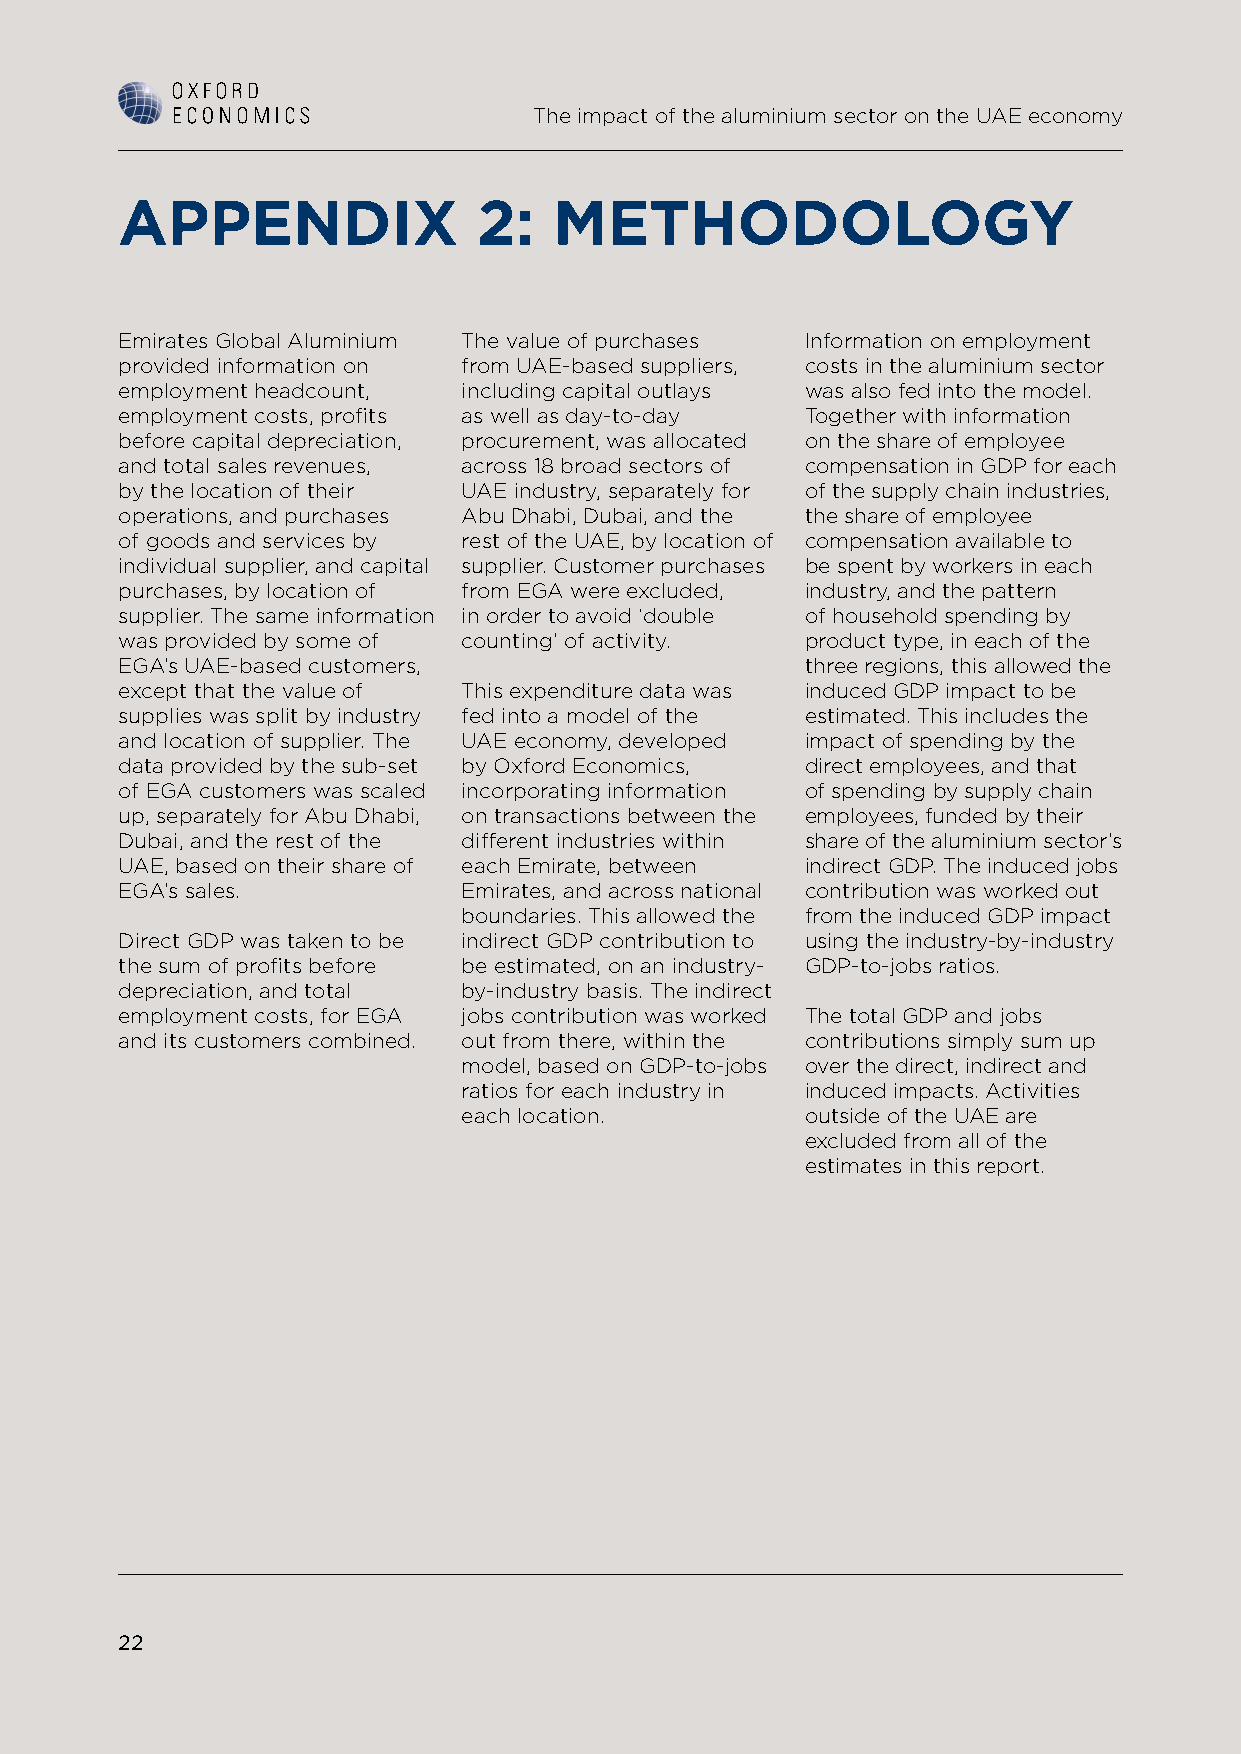
The impact of the aluminium sector on the UAE economy
 APPENDIX                2:   METHODOLOGY
 Emirates Global Aluminium The value of purchases Information on employment
 provided information on from UAE-based suppliers, costs in the aluminium sector
 employment headcount,  including capital outlays was also fed into the model.
 employment costs, profits as well as day-to-day Together with information
 before capital depreciation, procurement, was allocated on the share of employee
 and total sales revenues, across 18 broad sectors of compensation in GDP for each
 by the location of their UAE industry, separately for of the supply chain industries,
 operations, and purchases Abu Dhabi, Dubai, and the the share of employee
 of goods and services by rest of the UAE, by location of compensation available to
 individual supplier, and capital supplier. Customer purchases be spent by workers in each
 purchases, by location of from EGA were excluded, industry, and the pattern
 supplier. The same information in order to avoid ‘double of household spending by
 was provided by some of counting’ of activity. product type, in each of the
 EGA’s UAE-based customers,                   three regions, this allowed the
 except that the value of This expenditure data was induced GDP impact to be
 supplies was split by industry fed into a model of the estimated. This includes the
 and location of supplier. The UAE economy, developed impact of spending by the
 data provided by the sub-set by Oxford Economics, direct employees, and that
 of EGA customers was scaled incorporating information of spending by supply chain
 up, separately for Abu Dhabi, on transactions between the employees, funded by their
 Dubai, and the rest of the different industries within share of the aluminium sector’s
 UAE, based on their share of each Emirate, between indirect GDP. The induced jobs
 EGA’s sales.           Emirates, and across national contribution was worked out
 boundaries. This allowed the from the induced GDP impact
 Direct GDP was taken to be indirect GDP contribution to using the industry-by-industry
 the sum of profits before be estimated, on an industry- GDP-to-jobs ratios.
 depreciation, and total by-industry basis. The indirect
 employment costs, for EGA jobs contribution was worked The total GDP and jobs
 and its customers combined. out from there, within the contributions simply sum up
 model, based on GDP-to-jobs over the direct, indirect and
 ratios for each industry in induced impacts. Activities
 each location.        outside of the UAE are
 excluded from all of the
 estimates in this report.
 22